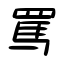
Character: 罵